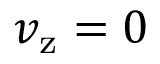
v _ { \mathrm { z } } = 0